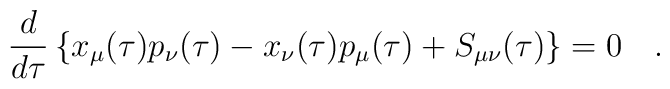
\frac{d}{d\tau } \left\{ x_{\mu }(\tau )p_{\nu}(\tau ) - x_{\nu}(\tau)p_{\mu}(\tau ) + S_{\mu \nu }(\tau ) \right\} = 0 ~~~.